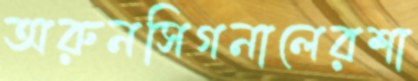
অরুনসিগনালেরশা